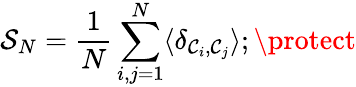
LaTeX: {\cal{S}}_{N}={\frac{1}{N}}\sum_{i,j=1}^{N}\langle\delta_{{\cal{C}}_{i},{\cal{C}}_{j}}\rangle;\protect